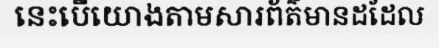
នេះបើយោងតាមសារព័ត៌មានដដែល